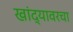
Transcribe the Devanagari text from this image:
खांद्यावरचा